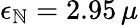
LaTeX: \epsilon_{\mathbb{N}}=2.95\, \mu